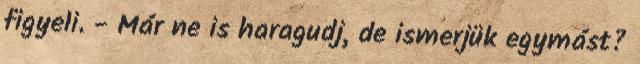
figyeli. - Már ne is haragudj, de ismerjük egymást?